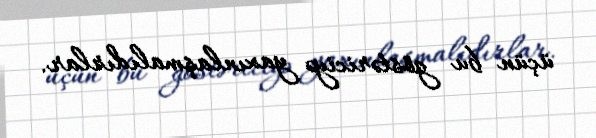
üçün bu göstəriciyə yaxınlaşmalıdırlar.